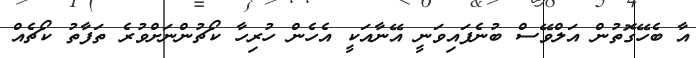
އާ ބެހޭގޮތުން އަލްވޭސް ބުނެފައިވަނީ އޭނާއަކީ އެހެން ހުރިހާ ކޯޗުންނަށްވުރެ ތަފާތު ކޯޗެއް